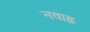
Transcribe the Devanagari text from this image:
नवाह्न